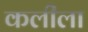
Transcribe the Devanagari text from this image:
कलीला